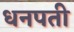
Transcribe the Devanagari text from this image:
धनपती